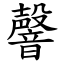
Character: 韾